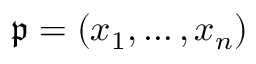
{ \mathfrak { p } } = ( x _ { 1 } , \ldots , x _ { n } )